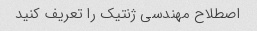
اصطلاح مهندسی ژنتیک را تعریف کنید